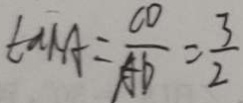
\tan A = \frac { C D } { A D } = \frac { 3 } { 2 }